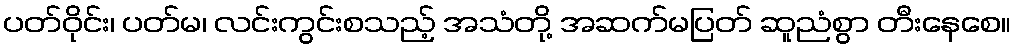
ပတ်ဝိုင်း၊ ပတ်မ၊ လင်းကွင်းစသည့် အသံတို့ အဆက်မပြတ် ဆူညံစွာ တီးနေစေ။